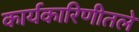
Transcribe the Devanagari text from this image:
कार्यकारिणीतले